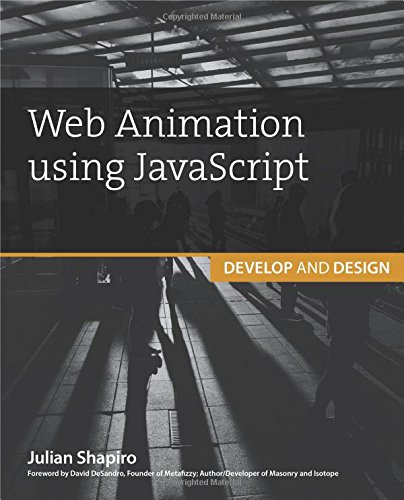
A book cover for Web Animation using JavaScript: Develop & Design (Develop and Design); Julian Shapiro; Computers & Technology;